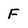
Character: F